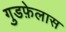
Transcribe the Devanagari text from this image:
गुडफ़ेलास